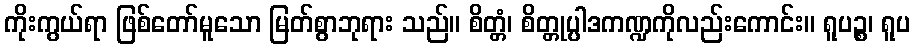
ကိုးကွယ်ရာ ဖြစ်တော်မူသော မြတ်စွာဘုရား သည်။ စိတ္တံ၊ စိတ္တုပ္ပါဒကဏ္ဍကိုလည်းကောင်း။ ရူပဉ္စ၊ ရူပ